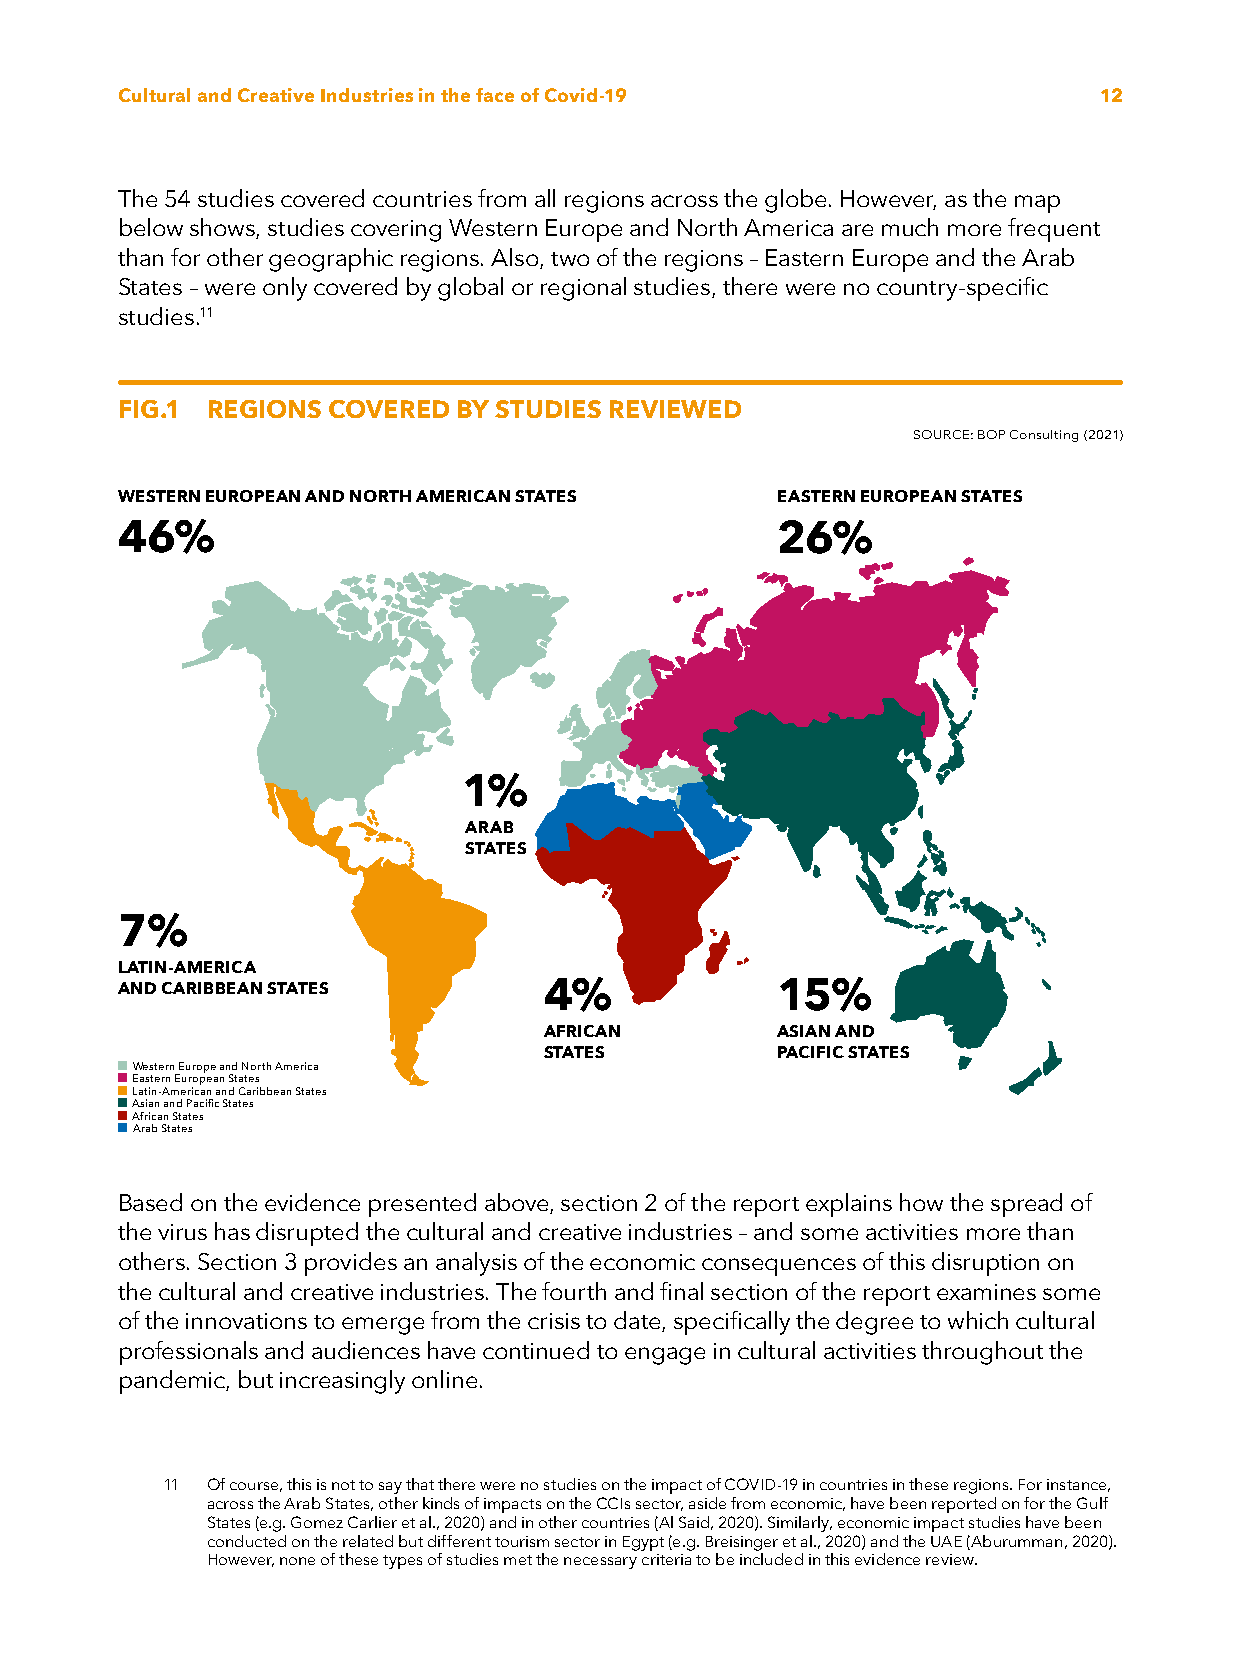
Cultural and Creative Industries in the face of Covid-19         12
 The 54 studies covered countries from all regions across the globe. However, as the map
 below shows, studies covering Western Europe and North America are much more frequent
 than for other geographic regions. Also, two of the regions – Eastern Europe and the Arab
 States – were only covered by global or regional studies, there were no country-specific
 studies.11
 FIG.1 REGIONS COVERED BY STUDIES REVIEWED
 SOURCE: BOP Consulting (2021)
 WESTERN EUROPEAN AND NORTH AMERICAN STATES EASTERN EUROPEAN STATES
 46%                                        26%
 1%
 ARAB
 STATES
 7%
 LATIN-AMERICA
 AND CARIBBEAN STATES        4%             15%
 AFRICAN        ASIAN AND
 STATES         PACIFIC STATES
 Western Europe and North America
 Eastern European States
 Latin-American and Caribbean States
 Asian and Pacific States
 African States
 Arab States
 Based on the evidence presented above, section 2 of the report explains how the spread of
 the virus has disrupted the cultural and creative industries – and some activities more than
 others. Section 3 provides an analysis of the economic consequences of this disruption on
 the cultural and creative industries. The fourth and final section of the report examines some
 of the innovations to emerge from the crisis to date, specifically the degree to which cultural
 professionals and audiences have continued to engage in cultural activities throughout the
 pandemic, but increasingly online.
 11 Of course, this is not to say that there were no studies on the impact of COVID-19 in countries in these regions. For instance,
 across the Arab States, other kinds of impacts on the CCIs sector, aside from economic, have been reported on for the Gulf
 States (e.g. Gomez Carlier et al., 2020) and in other countries (Al Said, 2020). Similarly, economic impact studies have been
 conducted on the related but different tourism sector in Egypt (e.g. Breisinger et al., 2020) and the UAE (Aburumman, 2020).
 However, none of these types of studies met the necessary criteria to be included in this evidence review.